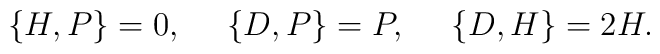
\{H,P\}=0, \ \ \ \  \{D,P\}= P, \ \ \ \   \{D,H\}= 2 H.